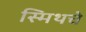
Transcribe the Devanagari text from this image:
स्मिथचे